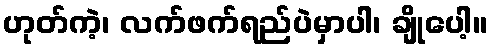
ဟုတ်ကဲ့၊ လက်ဖက်ရည်ပဲမှာပါ၊ ချိုပေါ့။